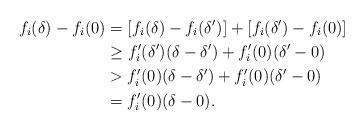
LaTeX: \begin{align*}f_i(\delta)-f_i(0)&=[f_i(\delta)-f_i(\delta')]+[f_i(\delta')-f_i(0)]\\&\ge f_i'(\delta')(\delta-\delta')+f_i'(0)(\delta'-0)\\&>f_i'(0)(\delta-\delta')+f_i'(0)(\delta'-0)\\&=f_i'(0)(\delta-0).\end{align*}